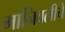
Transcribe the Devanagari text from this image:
मानिवलीचे